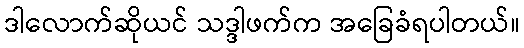
ဒါလောက်ဆိုယင် သဒ္ဒါဖက်က အခြေခံရပါတယ်။